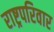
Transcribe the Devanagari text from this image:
राष्ट्रपरिवार